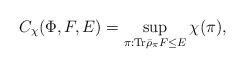
LaTeX: \begin{align*}C_{\chi }(\Phi ,F,E)=\sup_{\pi :\mathrm{Tr}\bar{\rho}_{\pi }F\leq E}\chi(\pi ), \end{align*}